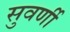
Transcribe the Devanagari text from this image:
सुवर्णी